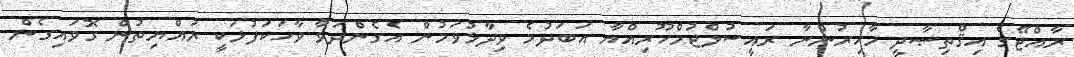
ރާއްޖޭގެ އިޤްތިޞާދީ މާހިރުންނާ ރައީސުލްޖުމްހޫރިއްޔާ އަބަދުމެ ވިދާޅުވަމުން އެގެންދަވާ ވާހަކަފުޅަކީ ރައްޔިތުން ގޮވައިގެން